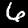
Label: 6